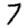
Digit: 7